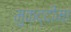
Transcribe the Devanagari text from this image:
मुक़द्दीमा